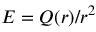
E = Q ( r ) / r ^ { 2 }